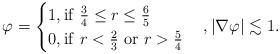
LaTeX: \begin{align*}\varphi = \begin{cases}1,{\rm if}\ \frac{3}{4} \leq r \leq \frac{6}{5}\\0, {\rm if}\ r < \frac{2}{3}\ {\rm or}\ r >\frac{5}{4}\end{cases},|\nabla\varphi| \lesssim 1.\end{align*}